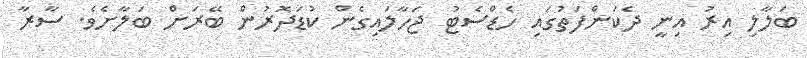
ބަލާލި އިރު އިނީ ދެކަންފަތުގައި ހެޑްސެޓު ޖަހާލައިގެން ކުޑަދޮރުން ބޭރަށް ބަލާށެވެ. ސާރާ